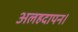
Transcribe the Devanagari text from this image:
अलहदापन।